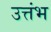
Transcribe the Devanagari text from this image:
उत्तंभ